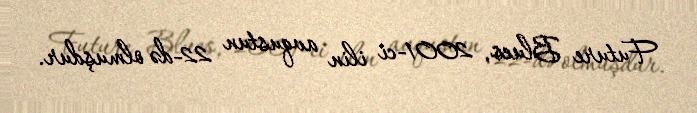
Future Blues, 2001-ci ilin avqustun 22-də olmuşdur.